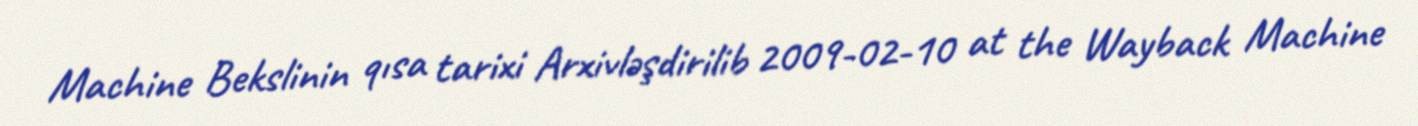
Machine Bekslinin qısa tarixi Arxivləşdirilib 2009-02-10 at the Wayback Machine